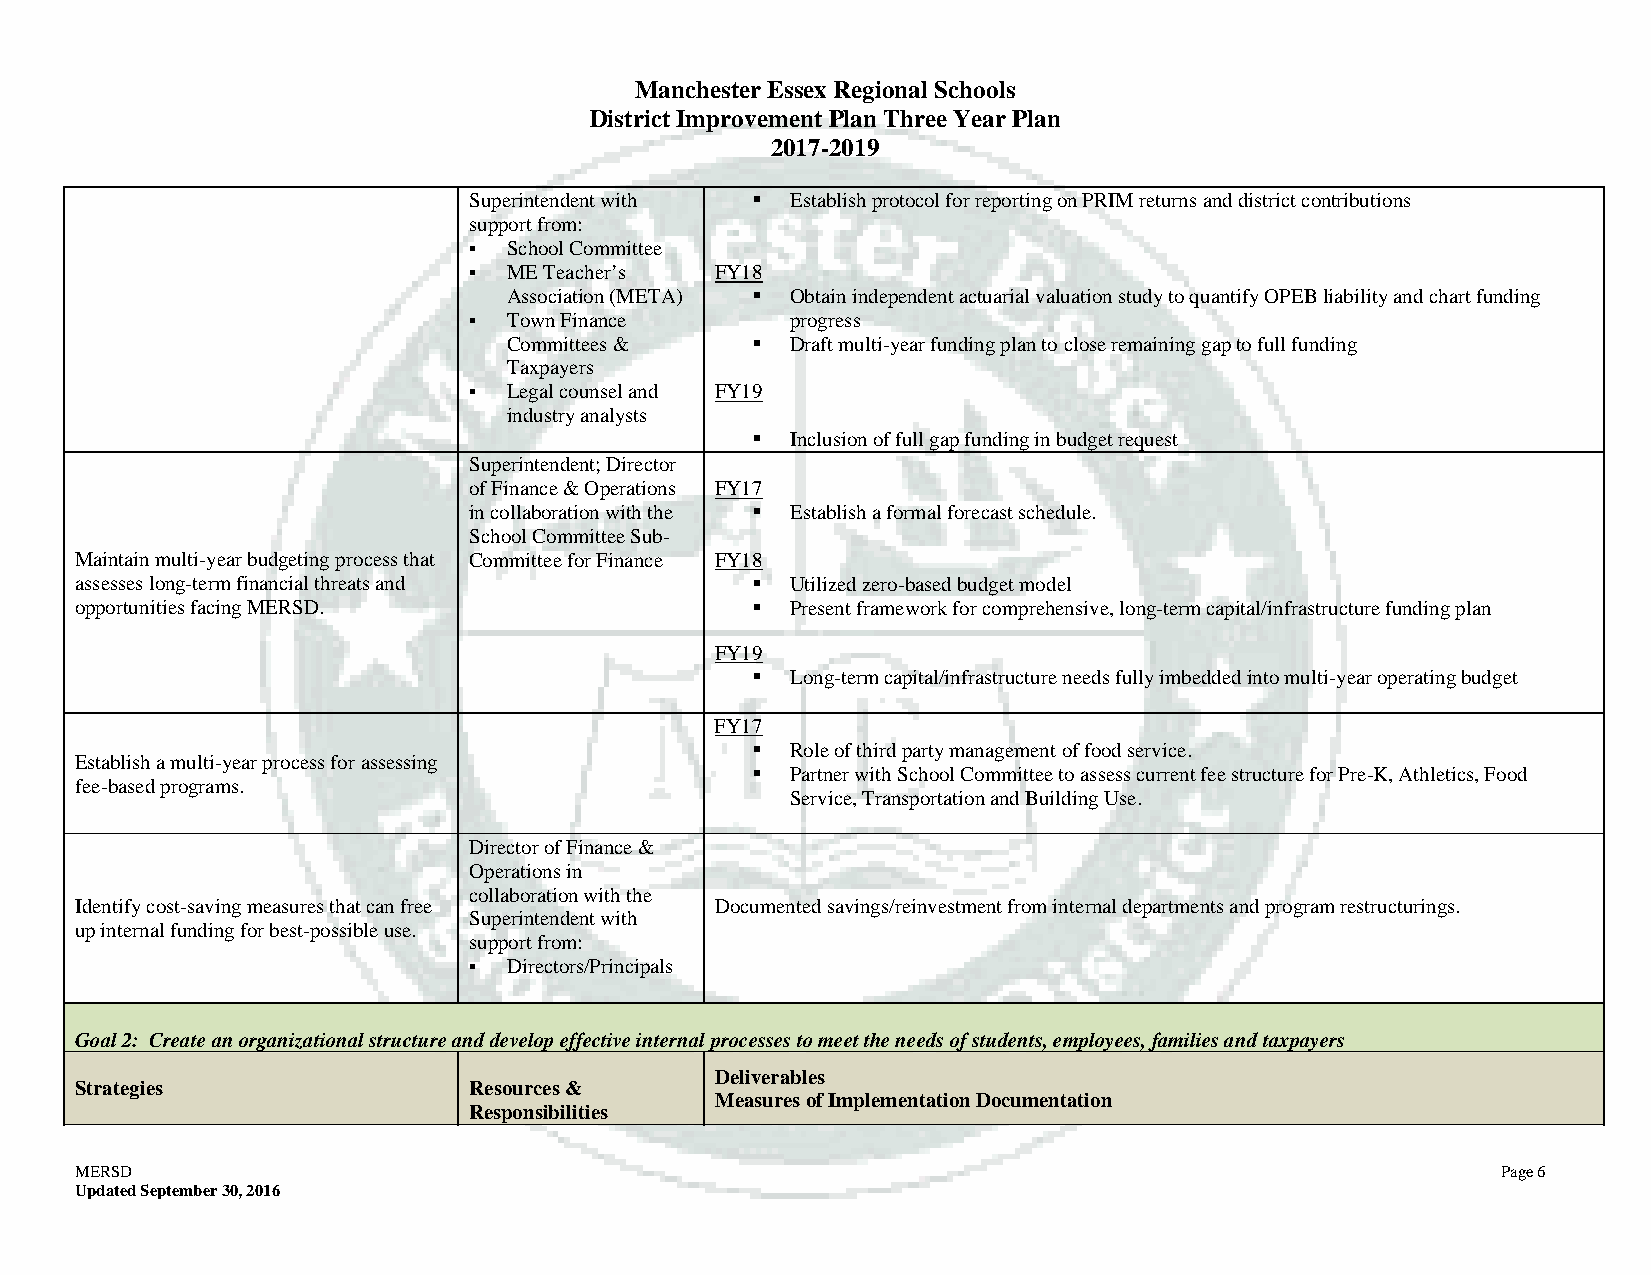
Manchester Essex Regional Schools
 District Improvement Plan Three Year Plan
 2017-2019
 Superintendent with  Establish protocol for reporting on PRIM returns and district contributions
 support from:
   School Committee
   ME Teacher’s FY18
 Association (META)  Obtain independent actuarial valuation study to quantify OPEB liability and chart funding
   Town Finance      progress
 Committees &     Draft multi-year funding plan to close remaining gap to full funding
 Taxpayers
   Legal counsel and FY19
 industry analysts
  Inclusion of full gap funding in budget request
 Superintendent; Director
 of Finance & Operations FY17
 in collaboration with the  Establish a formal forecast schedule.
 School Committee Sub-
 Maintain multi-year budgeting process that Committee for Finance FY18
 assesses long-term financial threats and      Utilized zero-based budget model
 opportunities facing MERSD.                   Present framework for comprehensive, long-term capital/infrastructure funding plan
 FY19
  Long-term capital/infrastructure needs fully imbedded into multi-year operating budget
 FY17
  Role of third party management of food service.
 Establish a multi-year process for assessing
  Partner with School Committee to assess current fee structure for Pre-K, Athletics, Food
 fee-based programs.
 Service, Transportation and Building Use.
 Director of Finance &
 Operations in
 collaboration with the
 Identify cost-saving measures that can free Documented savings/reinvestment from internal departments and program restructurings.
 Superintendent with
 up internal funding for best-possible use.
 support from:
   Directors/Principals
 Goal 2: Create an organizational structure and develop effective internal processes to meet the needs of students, employees, families and taxpayers
 Deliverables
 Strategies                Resources &
 Measures of Implementation Documentation
 Responsibilities
 MERSD                                                                                         Page 6
 Updated September 30, 2016